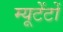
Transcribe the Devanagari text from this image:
म्यूटेंटों